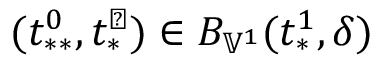
( t _ { * * } ^ { 0 } , t _ { * } ^ { \perp } ) \in B _ { \mathbb { V } ^ { 1 } } ( t _ { * } ^ { 1 } , \delta )